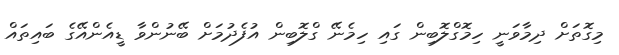
މިގޮތަށް ދިމާވަނީ ހިމޮގްލޮބިން ގައި ހިމެނޭ ގްލޮބިން އުފެދުމަށް ބޭނުންވާ ޑީއެންއޭގެ ބައިތައް